Leaving Certificate Examination (including Day School Certificate (Higher) General paper), 1935
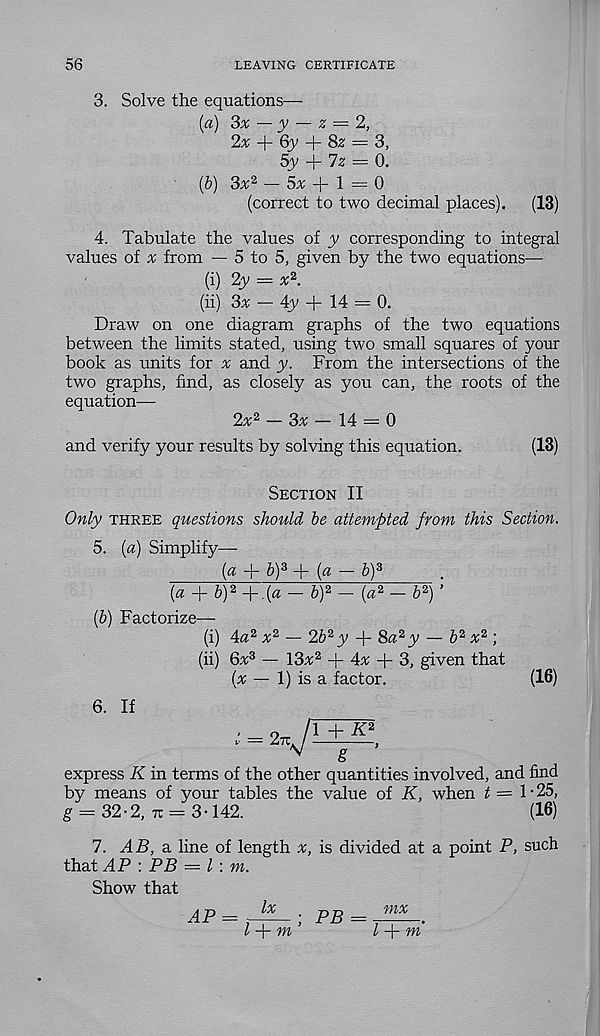
56
LEAVING CERTIFICATE
3. Solve the equations—
[a) 3x — y — z = 2,
2x
6y
8z — 3,
5y -f 7z = 0.
{b) 3x 2 — 5a: + 1 = 0
(correct to two decimal places).
(13)
4. Tabulate the values of y corresponding to integral
values of % from — 5 to 5, given by the two equations—
(i) 2y — x 2 .
(ii) 3v — 4y + 14 = 0.
Draw on one diagram graphs of the two equations
between the limits stated, using two small squares of your
book as units for a; and y. From the intersections of the
two graphs, find, as closely as you can, the roots of the
equation—
2x 2 - 3* - 14 = 0
and verify your results by solving this equation.
(13)
Section II
Only three questions should be attempted from this Section.
5. {a) Simplify—-
{a + b) z + (<* — &) 3
(a + b) 2 + .(« — b) 2 — (a 2 — b 2 ) ’
(b) Factorize—
(i) 4a 2 x 2 — 2b 2 y + 8a 2 y — b 2 x 2 ;
(ii) 6x 3 — 13v 2 + 4v + 3, given that
(# — 1) is a factor.
(16)
6. If
V
g
express K in terms of the other quantities involved, and find
by means of your tables the value of K, when t = 1-25,
g = 32-2, 7r = 3-142.
(16)
7. AB, a. line of length x, is divided at a point P, such
that ^4P : PB — l : m.